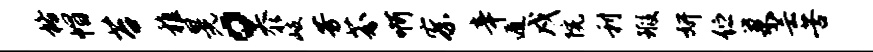
格帽苔稚晃。忝岐芳芬啊察辛遁戍院利瑕妍伫巢芸苦